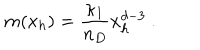
m ( x _ { h } ) = \frac { \kappa _ { 1 } } { n _ { D } } x _ { h } ^ { d - 3 } \ .